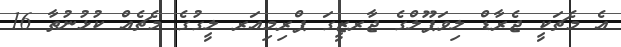
އެ މެޗަކީ ޖެރާޑް ލިވަޕޫލްގެ ޖާރޒީގަ ޕްރިމިއަރ ލީގުގެ މެޗެއް ކުޅުނުތާ 16